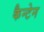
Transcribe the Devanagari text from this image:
कैन्टेन